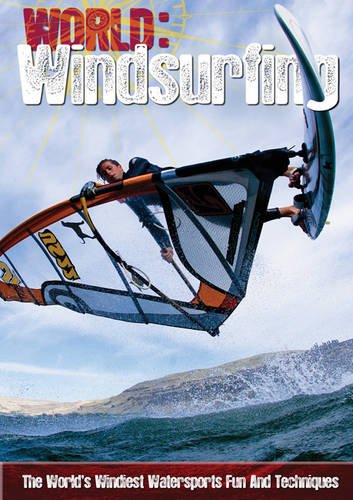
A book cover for Windsurfing (World Sports Guide); Paul Mason; Teen & Young Adult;